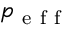
p _ { \mathrm { ~ e ~ f ~ f ~ } }